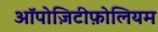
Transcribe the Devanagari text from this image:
ऑपोज़िटीफ़ोलियम